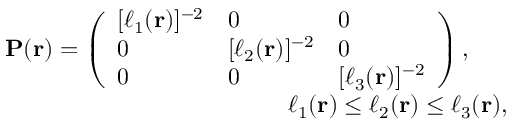
\begin{array} { r } { \mathbf { P } ( \mathbf { r } ) = \left( \begin{array} { l l l } { [ \ell _ { 1 } ( \mathbf { r } ) ] ^ { - 2 } } & { 0 } & { 0 } \\ { 0 } & { [ \ell _ { 2 } ( \mathbf { r } ) ] ^ { - 2 } } & { 0 } \\ { 0 } & { 0 } & { [ \ell _ { 3 } ( \mathbf { r } ) ] ^ { - 2 } } \end{array} \right) , \quad \quad } \\ { \ell _ { 1 } ( \mathbf { r } ) \le \ell _ { 2 } ( \mathbf { r } ) \le \ell _ { 3 } ( \mathbf { r } ) , ~ } \end{array}